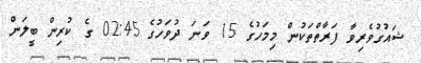
ޝައުގުވެރިވާ ފަރާތްތަކުން މިމަހުގެ 15 ވަނަ ދުވަހުގެ 02:45 ގެ ކުރިން ބީލަން